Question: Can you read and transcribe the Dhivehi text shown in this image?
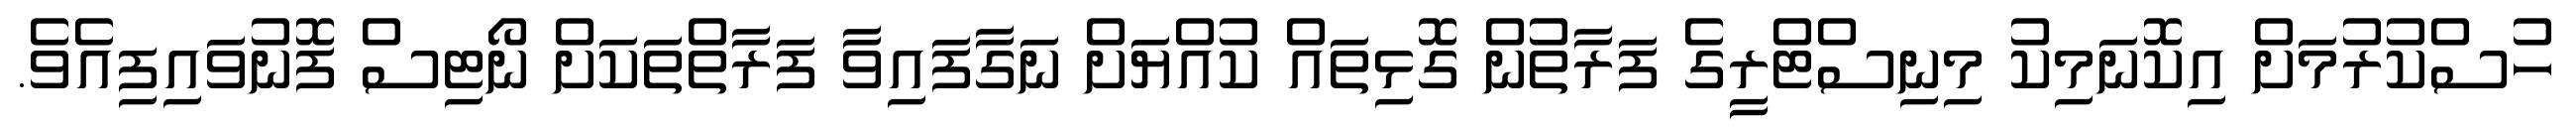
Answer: ހުސްކުރުމަށް އިކޮނަމިކު މިނިސްޓްރީގެ ފަރާތުން ގޮޅިތައް ކުއްޔަށް ނަގާފައިވާ ފަރާތްތަކަށް ނޯޓިސް ފޮނުވައިފިއެވެ.